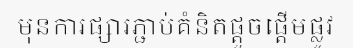
មុនការផ្សារភ្ជាប់គំនិតផ្តួចផ្តើមផ្លូវ